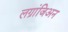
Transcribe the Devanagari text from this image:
लग्रांजिअन